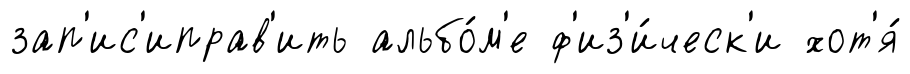
зап'ис'иправ'ить альбо́м'е ф'из'и́ческ'и хот'я́